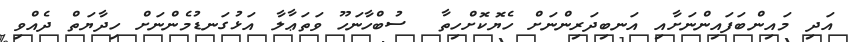
އަދި މައިންބަފައިންނަށާއި އަނބިދަރިންނަށް ހެޔޮކޮށްހިތާ  ސުބްހާނަހޫ ވަތަޢާލާ އަޅުގަނޑުމެންނަށް ހިދާޔަތް ދެއްވި